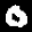
Label: 0